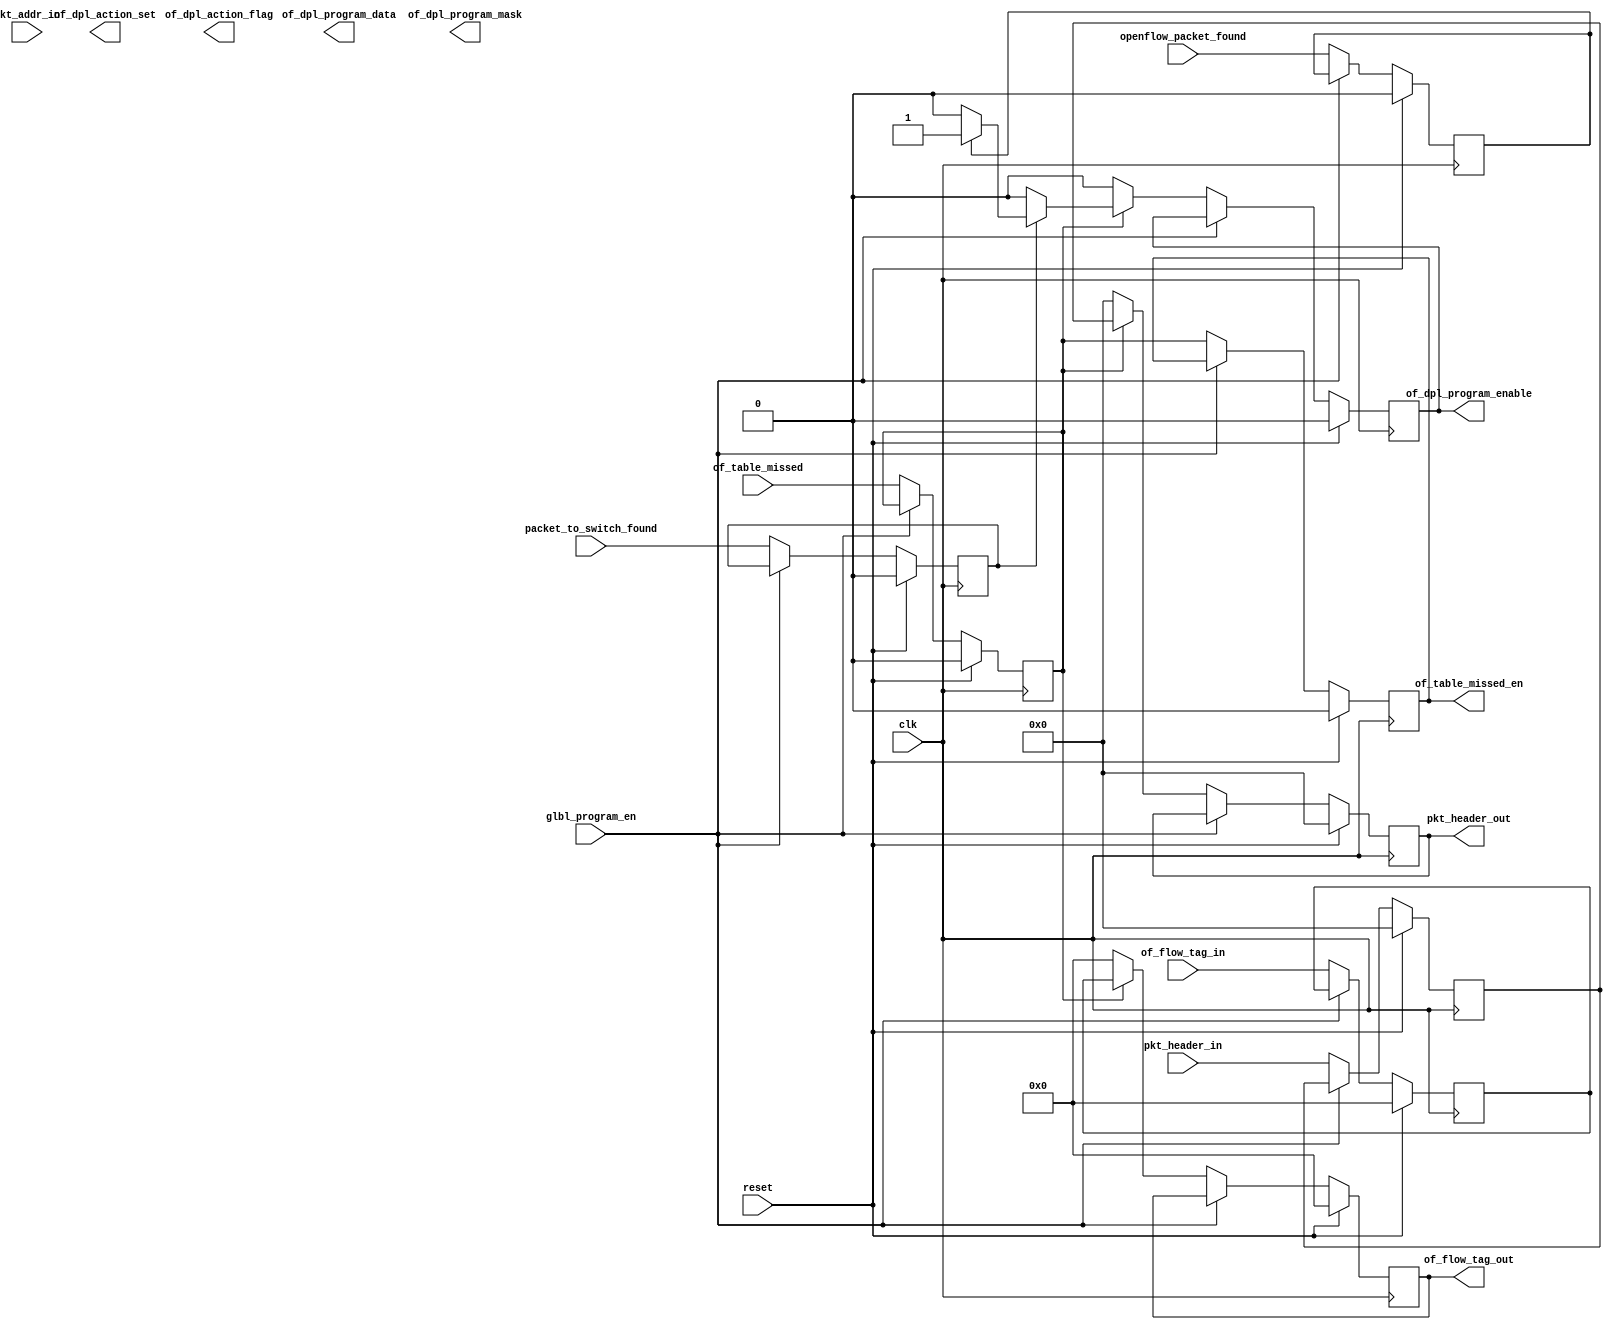
`timescale 1ns / 1ps
//////////////////////////////////////////////////////////////////////////////////
// Company: 
// 
// Design Name: 
// Module Name:    netwalk_packet_handler 
// Project Name: 
// Target Devices: 
// Tool versions: 
// Description: 
//
// Dependencies: 
//
// Revision: 
// Revision 0.01 - File Created
// Additional Comments: 
//
//////////////////////////////////////////////////////////////////////////////////
module netwalk_packet_handler
#(parameter OF_FLOW_TAG_WIDTH=5,ADDR_WIDTH=32,DPL_PKT_BIT_WIDTH=512,ACTION_FLAG_WIDTH=16,ACTION_SET_WIDTH=356,TCAM_ADDR_WIDTH=6,DPL_MATCH_FIELD_WIDTH=356)
(
clk,
reset,
glbl_program_en,

pkt_header_in,
of_table_missed,

openflow_packet_found,
packet_to_switch_found,

of_dpl_program_enable,
of_dpl_program_data,
of_dpl_program_mask,
of_dpl_action_flag,
of_dpl_action_set,

pkt_header_out,
of_table_missed_en,

pkt_addr_in,
of_flow_tag_in,
of_flow_tag_out
//pkt_addr_out
);


input clk;
input reset;
input glbl_program_en;

input [DPL_PKT_BIT_WIDTH-1:0] pkt_header_in;
input of_table_missed;
input openflow_packet_found;
input packet_to_switch_found;

output reg [DPL_PKT_BIT_WIDTH-1:0]pkt_header_out;
output reg of_table_missed_en;

output reg of_dpl_program_enable;
output reg [DPL_MATCH_FIELD_WIDTH-1:0]of_dpl_program_data;
output reg [DPL_MATCH_FIELD_WIDTH-1:0]of_dpl_program_mask;
output reg [ACTION_FLAG_WIDTH-1:0]of_dpl_action_flag;
output reg [ACTION_SET_WIDTH-1:0]of_dpl_action_set;

input [(ADDR_WIDTH*15)-1:0] pkt_addr_in;

input [OF_FLOW_TAG_WIDTH-1:0] of_flow_tag_in;
output reg [OF_FLOW_TAG_WIDTH-1:0] of_flow_tag_out;
//output reg [(ADDR_WIDTH*15)-1:0] pkt_addr_out;

wire[ADDR_WIDTH-1:0]	OF_INGRESS_PORT_ADDR;
wire[ADDR_WIDTH-1:0] OF_META_DATA_ADDR;
wire[ADDR_WIDTH-1:0]	OF_DST_MAC_ADDR_ADDR;
wire[ADDR_WIDTH-1:0]	OF_SRC_MAC_ADDR_ADDR;
wire[ADDR_WIDTH-1:0] OF_ETHER_TYPE_ADDR;
wire[ADDR_WIDTH-1:0]			OF_VLAN_ID_ADDR;
wire[ADDR_WIDTH-1:0]	OF_VLAN_PRIORITY_ADDR;
wire[ADDR_WIDTH-1:0]	OF_MPLS_LABEL_ADDR;
wire[ADDR_WIDTH-1:0]		OF_MPLS_FEC_CLASS_ADDR;
wire[ADDR_WIDTH-1:0]OF_SRC_IPV4_ADDR_ADDR;
wire[ADDR_WIDTH-1:0]OF_DST_IPV4_ADDR_ADDR;
wire[ADDR_WIDTH-1:0]	OF_IP_PROTOCOL_ADDR;
wire[ADDR_WIDTH-1:0]		OF_IPV4_TOS_ADDR;
wire[ADDR_WIDTH-1:0]	OF_TCP_SRC_PORT_ADDR;
wire[ADDR_WIDTH-1:0]	OF_TCP_DST_PORT_ADDR;

assign {OF_INGRESS_PORT_ADDR, OF_META_DATA_ADDR, OF_DST_MAC_ADDR_ADDR, OF_SRC_MAC_ADDR_ADDR , OF_ETHER_TYPE_ADDR,OF_VLAN_ID_ADDR,OF_VLAN_PRIORITY_ADDR,OF_MPLS_LABEL_ADDR,OF_MPLS_FEC_CLASS_ADDR,OF_SRC_IPV4_ADDR_ADDR,OF_DST_IPV4_ADDR_ADDR,OF_IP_PROTOCOL_ADDR,OF_IPV4_TOS_ADDR,OF_TCP_SRC_PORT_ADDR,	OF_TCP_DST_PORT_ADDR}=pkt_addr_in;

reg [DPL_PKT_BIT_WIDTH-1:0] pkt_header_in_reg;
reg of_table_missed_reg;
reg openflow_packet_found_reg;
reg packet_to_switch_found_reg;

reg [OF_FLOW_TAG_WIDTH-1:0] of_flow_tag_in_reg=0;

reg [(ADDR_WIDTH*15)-1:0] pkt_addr_in_reg;

always@(posedge clk)begin
	if(!reset)begin
	      if(!glbl_program_en)begin
			  pkt_header_in_reg<=pkt_header_in;
			  of_table_missed_reg<=of_table_missed;
			  openflow_packet_found_reg<=openflow_packet_found;
			  packet_to_switch_found_reg<=packet_to_switch_found;	
			  of_flow_tag_in_reg<=of_flow_tag_in;		  
				//pkt_addr_out<=pkt_addr_in_reg;	
				//pkt_header_out<=pkt_header_in_reg;
				
			end
			else begin
			     
			end
	end
	else begin
		
				pkt_header_in_reg<=0;
			  of_table_missed_reg<=0;
			  openflow_packet_found_reg<=0;
			  packet_to_switch_found_reg<=0;
			   of_flow_tag_in_reg<=0;				  
			  //pkt_addr_out<=0;
			  //pkt_header_out<=0;
	end
end

always@(posedge clk)begin
	if(!reset)begin
	   if(!glbl_program_en)begin
	      if(of_table_missed_reg)begin
		       if(packet_to_switch_found_reg)begin
				        if(openflow_packet_found_reg)begin
						       of_dpl_program_enable<=1;
						  end
						  else  begin
						     of_dpl_program_enable<=0;							  
						  end
				 end
				 else begin
				         of_dpl_program_enable<=0;
				 end
				 
				 pkt_header_out<= pkt_header_in_reg;
				 of_table_missed_en<=of_table_missed_reg;
				  of_flow_tag_out<=of_flow_tag_in_reg;					 
		 end
		 else begin
					of_dpl_program_enable<=0;
					pkt_header_out<= 0;
					of_table_missed_en<=of_table_missed_reg;
					of_flow_tag_out<=0;
		 end
		 
		end//GLBL_PROGRAM END 
	end//RESET END
	else begin
					of_dpl_program_enable<=0;
					pkt_header_out<= 0;
					of_table_missed_en<=0;
					of_flow_tag_out<=0;
	end
end
endmodule